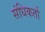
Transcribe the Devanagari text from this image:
संधिकर्ता